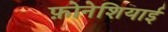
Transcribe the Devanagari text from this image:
फ़ोनेशियाई